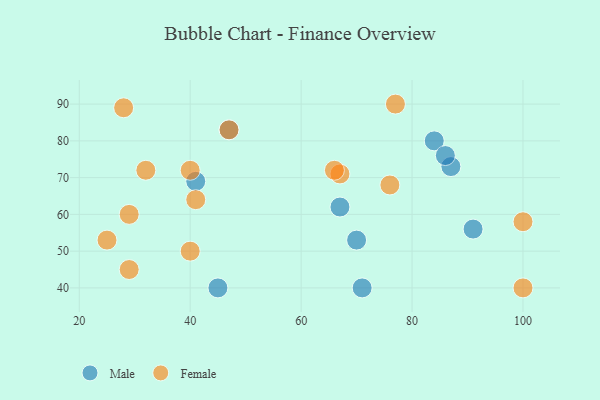
{"axis": {"x": "GDP", "y": "Life Expectancy"}, "legend": ["Female", "Male"], "data": [{"x": "45", "y": 40, "type": "Male"}, {"x": "41", "y": 69, "type": "Male"}, {"x": "71", "y": 40, "type": "Male"}, {"x": "47", "y": 83, "type": "Male"}, {"x": "67", "y": 62, "type": "Male"}, {"x": "87", "y": 73, "type": "Male"}, {"x": "84", "y": 80, "type": "Male"}, {"x": "91", "y": 56, "type": "Male"}, {"x": "86", "y": 76, "type": "Male"}, {"x": "70", "y": 53, "type": "Male"}, {"x": "67", "y": 71, "type": "Female"}, {"x": "47", "y": 83, "type": "Female"}, {"x": "100", "y": 40, "type": "Female"}, {"x": "28", "y": 89, "type": "Female"}, {"x": "32", "y": 72, "type": "Female"}, {"x": "76", "y": 68, "type": "Female"}, {"x": "100", "y": 58, "type": "Female"}, {"x": "41", "y": 64, "type": "Female"}, {"x": "40", "y": 50, "type": "Female"}, {"x": "29", "y": 45, "type": "Female"}, {"x": "66", "y": 72, "type": "Female"}, {"x": "77", "y": 90, "type": "Female"}, {"x": "29", "y": 60, "type": "Female"}, {"x": "40", "y": 72, "type": "Female"}, {"x": "25", "y": 53, "type": "Female"}]}